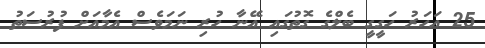
25 އަހަރު ހަގީގީ ބެލްގެ ގޮތުގައި އޭނާ ހުރި ނަމަވެސް އެމާއަށް ފުރުސަތު